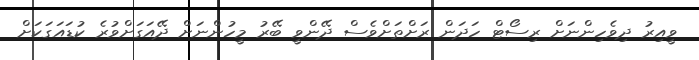
ވީއިރު ދިވެހިންނަށް ރިސޯޓް ހަދަން ރަށްތަށްވެސް ދޭންވީ ބޭރު މީހުންނަށް ދޭއަގަށްވުރެ ކުޑައަގަކަށް